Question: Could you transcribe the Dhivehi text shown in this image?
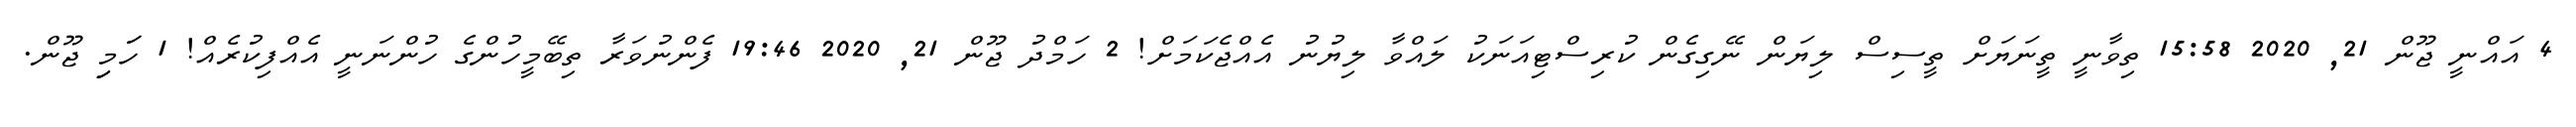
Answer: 4 އައްނީ ޖޫން 21, 2020 15:58 ތިވާނީ ތީނަޔަށް ތީސިސް ލިޔަން ނޭގިގެން ކުރިސްޓިއަނަކު ލައްވާ ލިޔުނު އެއްޖެކަމަށް! 2 ހަމްދު ޖޫން 21, 2020 19:46 ފެންނުވަރާ ތިބޭމީހުންގެ ހުންނަނީ އެއްފިކުރެއް! 1 ހަަމިި ޖޫން.